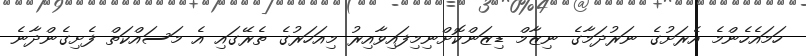
ހަމައެހެންމެ އެރަށުގެ ނަރުދަމާގެ ނިޒާމް ޑިޒަންކޮށްނިމިފައިވާއިރު މިއަހަރުގެ ތެރޭގައި އެ މަސައްކަތް ފެށިގެންދާނެ